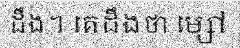
ដឹង។ គេដឹងថា ម្សៅ